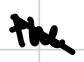
Text: the
Cross-out: diagonal
Writing tool: digital_black